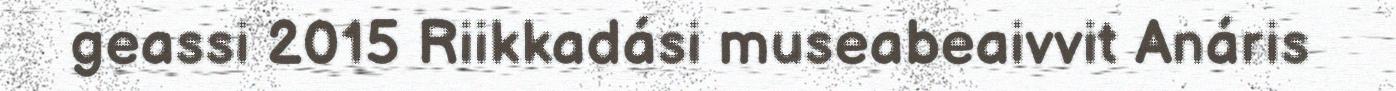
geassi 2015 Riikkadási museabeaivvit Anáris